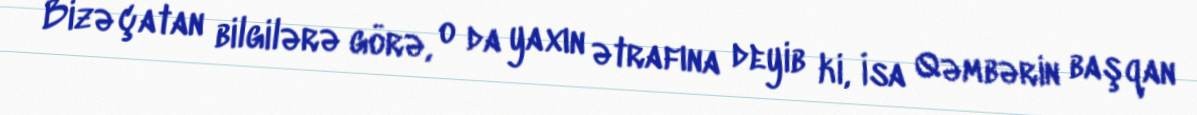
Bizə çatan bilgilərə görə, o da yaxın ətrafına deyib ki, İsa Qəmbərin başqan